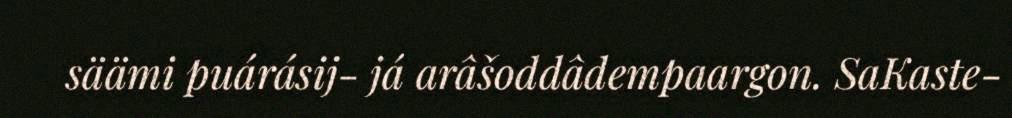
säämi puárásij- já arâšoddâdempaargon. SaKaste-